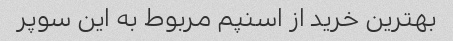
بهترین خرید از اسنپم مربوط به این سوپر